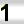
Digit: 1